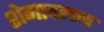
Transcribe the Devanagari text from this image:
शेगावलाच